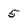
Character: 5